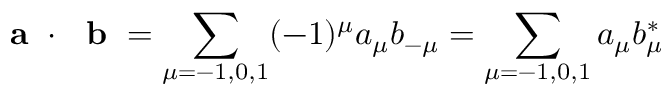
\mathrm { ~ \bf ~ a ~ } \cdot \mathrm { ~ \bf ~ b ~ } = \sum _ { \mu = - 1 , 0 , 1 } ( - 1 ) ^ { \mu } a _ { \mu } b _ { - \mu } = \sum _ { \mu = - 1 , 0 , 1 } a _ { \mu } b _ { \mu } ^ { * }